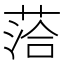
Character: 𫈰